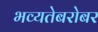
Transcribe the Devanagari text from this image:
भव्यतेबरोबर